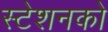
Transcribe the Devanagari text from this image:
स्टेशनको